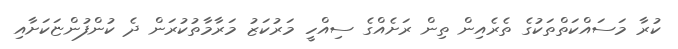
ކުރާ މަސައްކަތްތަކުގެ ތެރެއިން ތިން ރަށެއްގެ ސިއްހީ މަރުކަޒު މަރާމާތުކުރަން ދެ ކުންފުންޏަކަށާއި